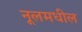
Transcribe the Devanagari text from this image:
नूलमधील